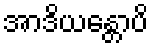
အာဒိယန္တောပိ